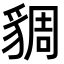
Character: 𧳜